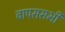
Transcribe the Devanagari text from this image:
वापससभी